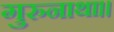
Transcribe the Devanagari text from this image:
गुरुनाथा।।